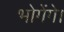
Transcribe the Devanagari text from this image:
भोगेंगे।